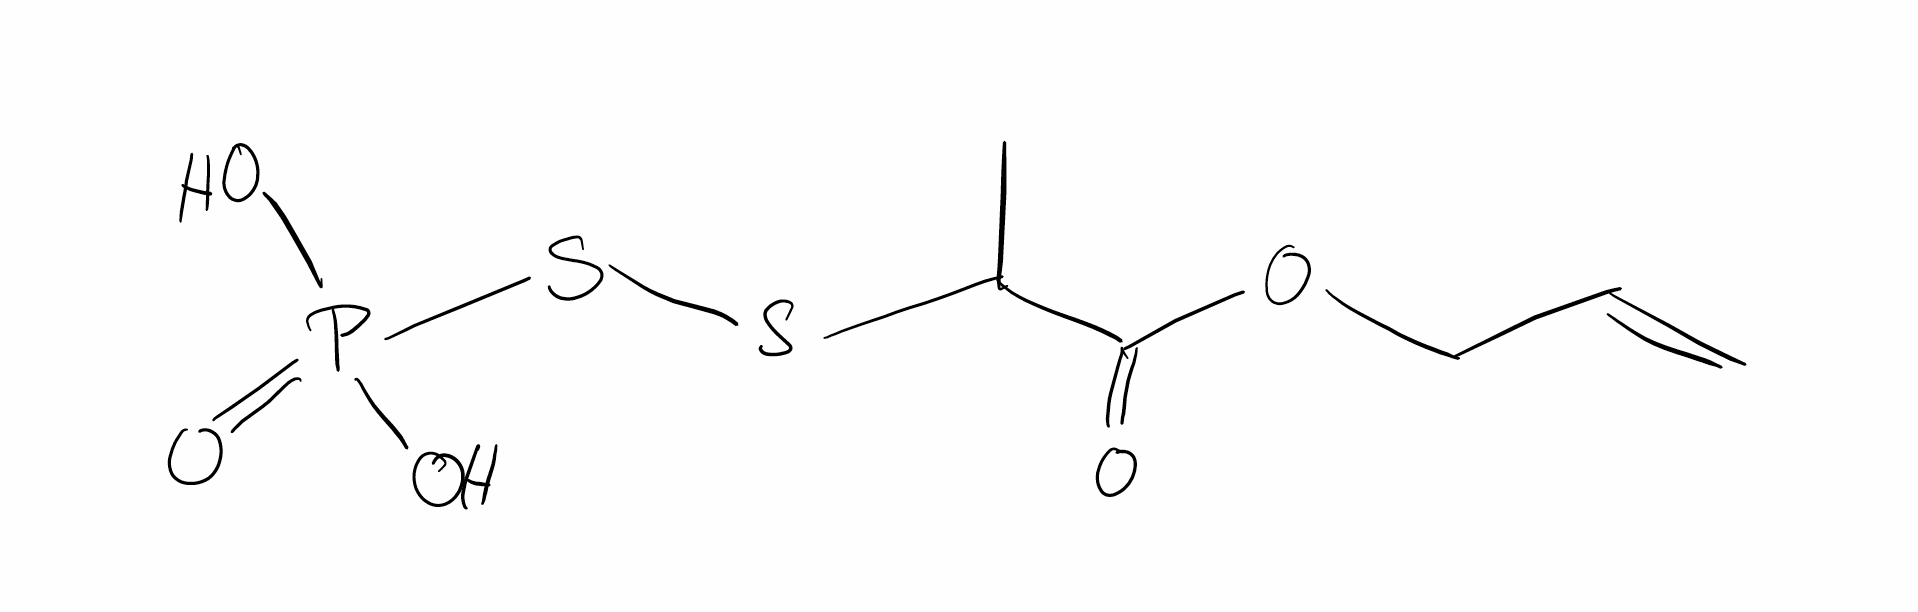
Simplified molecular-input line-entry system (SMILES) notation of the given molecule:
CC(C(=O)OCC=C)SSP(=O)(O)O